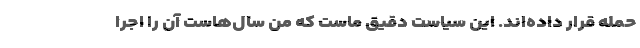
حمله قرار داده‌اند. این سیاست دقیق ماست که من سال‌هاست آن را اجرا